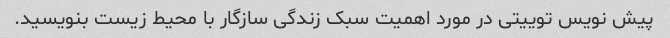
پیش نویس توییتی در مورد اهمیت سبک زندگی سازگار با محیط زیست بنویسید.